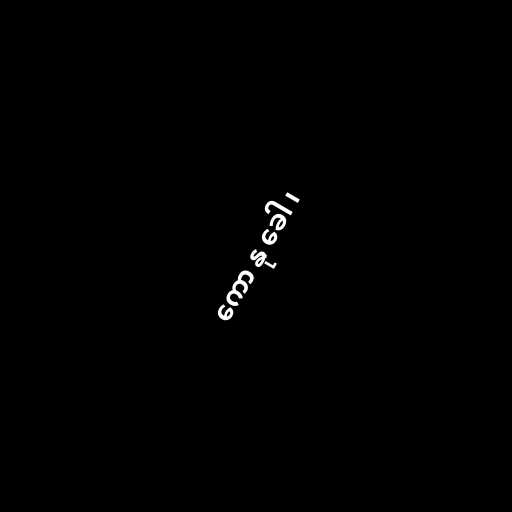
ကော နု ခေါ ၊